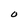
Character: O